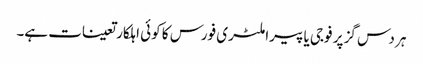
ہر دس گز پر فوجی یا پیراملٹری فورس کا کوئی اہلکار تعینات ہے۔